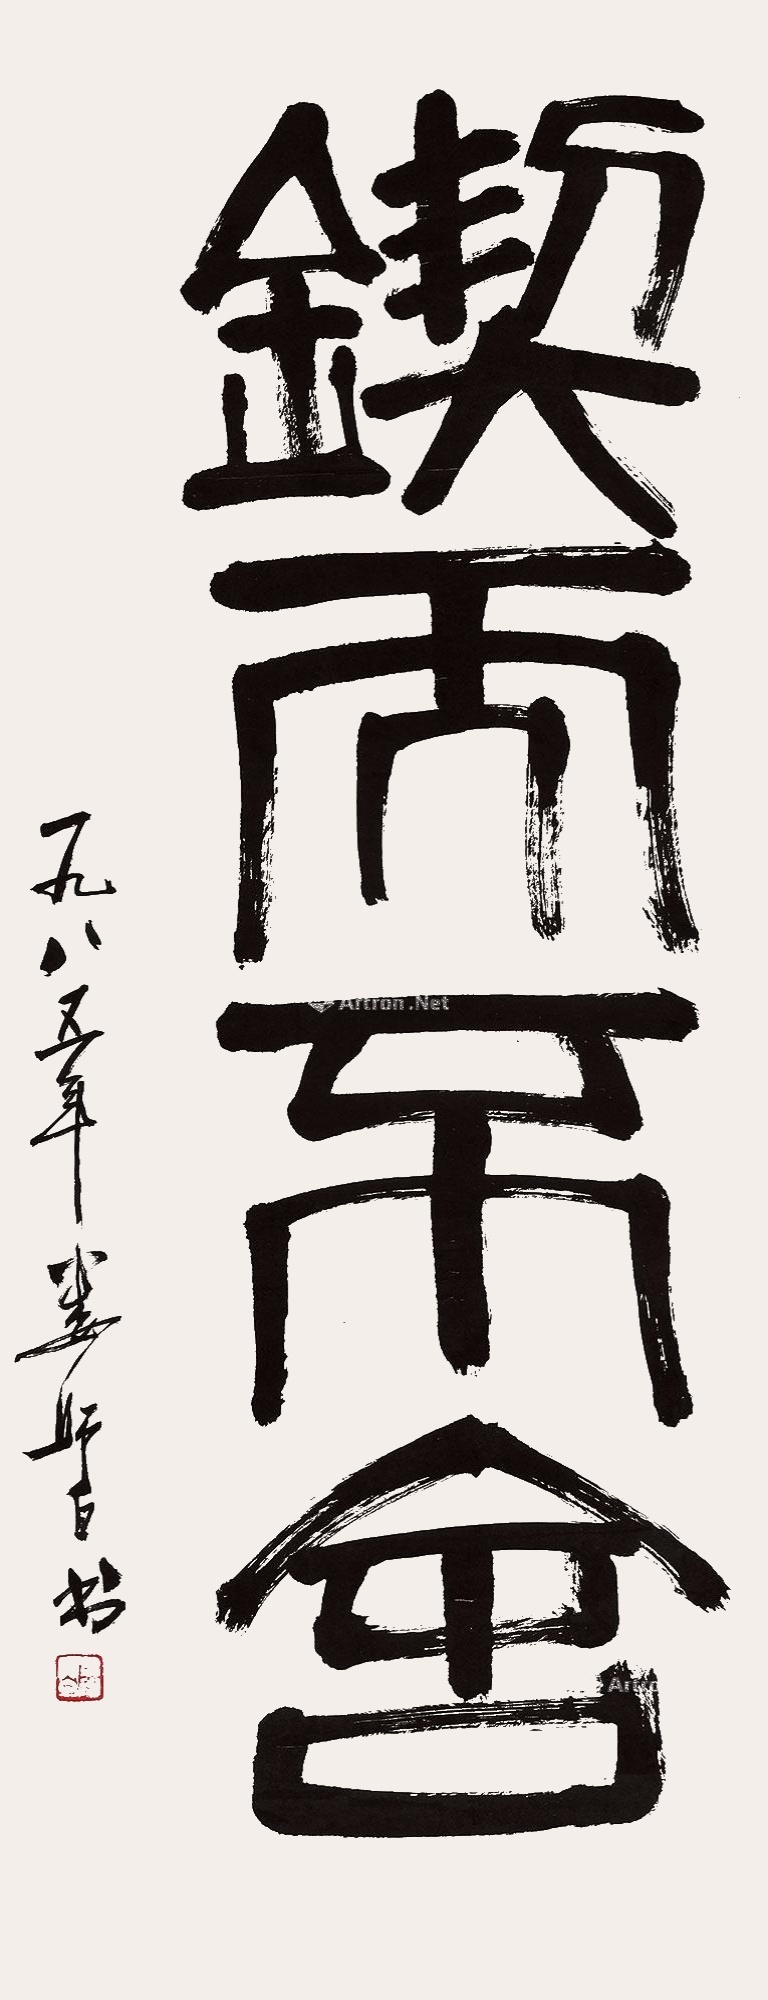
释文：锲而不舍一九八五年娄师白书。